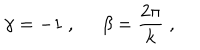
\gamma = - 1 \; , \; \; \beta = \frac { 2 \pi } k \; ,